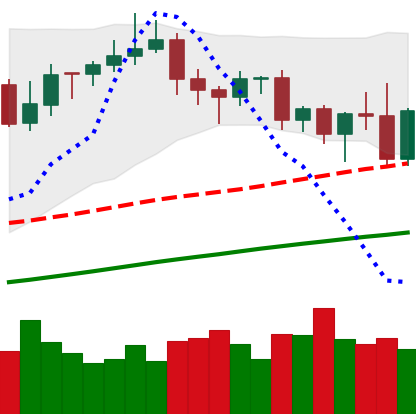
Ticker: XMR-USD
Chart end date: 2020-11-08
Forward return: -5.17%
Label: down_5_7